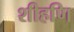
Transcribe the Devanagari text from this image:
शीहणि